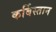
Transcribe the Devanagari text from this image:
कर्बिस्तान